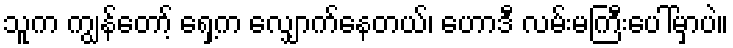
သူက ကျွန်တော့် ရှေ့က လျှောက်နေတယ်၊ ဟောဒီ လမ်းမကြီးပေါ်မှာပဲ။